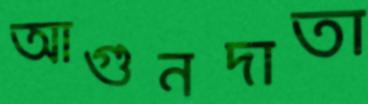
আগুনদাতা